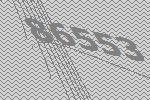
86553